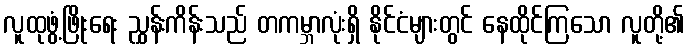
လူထုဖွံ့ဖြိုးရေး ညွှန်းကိန်းသည် တကမ္ဘာလုံးရှိ နိုင်ငံများတွင် နေထိုင်ကြသော လူတို့၏